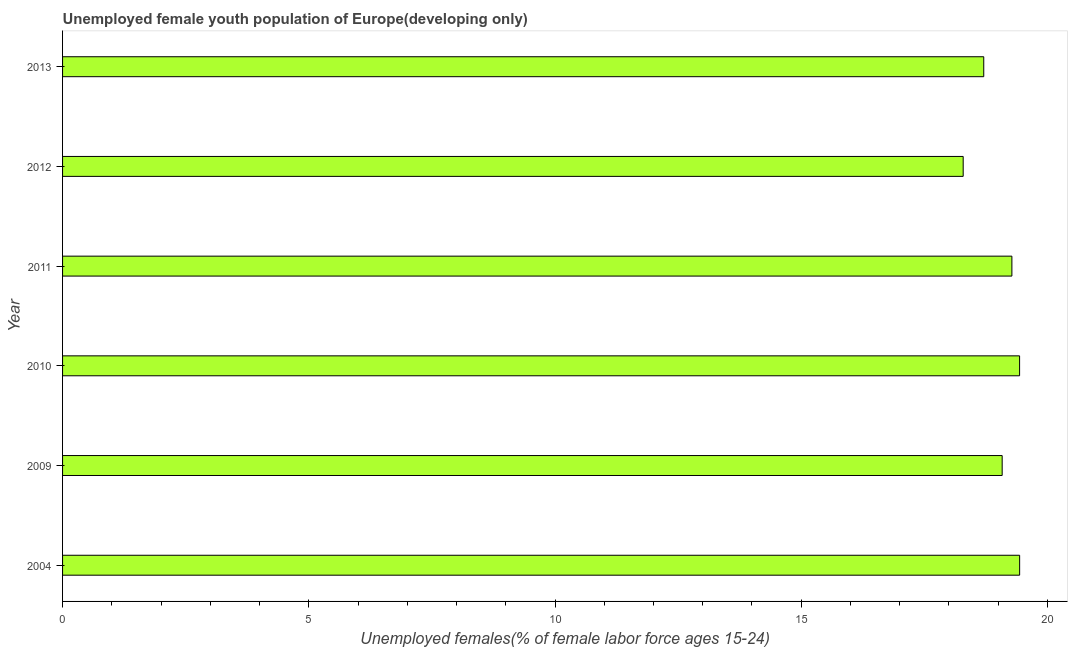
| Year | Unemployment youth female |
 | --- | --- |
 | 2004 | 19.4 |
 | 2009 | 19.1 |
 | 2010 | 19.4 |
 | 2011 | 19.3 |
 | 2012 | 18.3 |
 | 2013 | 18.7 |